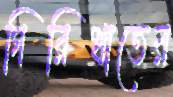
গিরিখাতের